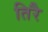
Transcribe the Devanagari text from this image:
तिरै